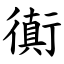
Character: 衠